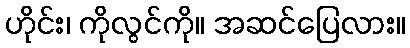
ဟိုင်း၊ ကိုလွင်ကို။ အဆင်ပြေလား။